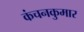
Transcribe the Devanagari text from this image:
कंचनकुमार